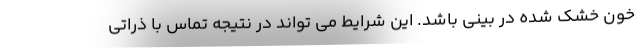
خون خشک شده در بینی باشد. این شرایط می تواند در نتیجه تماس با ذراتی